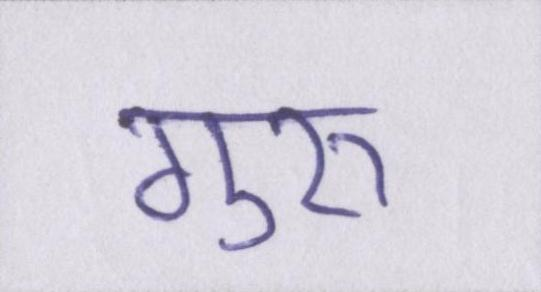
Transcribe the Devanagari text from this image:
गुरुॱ